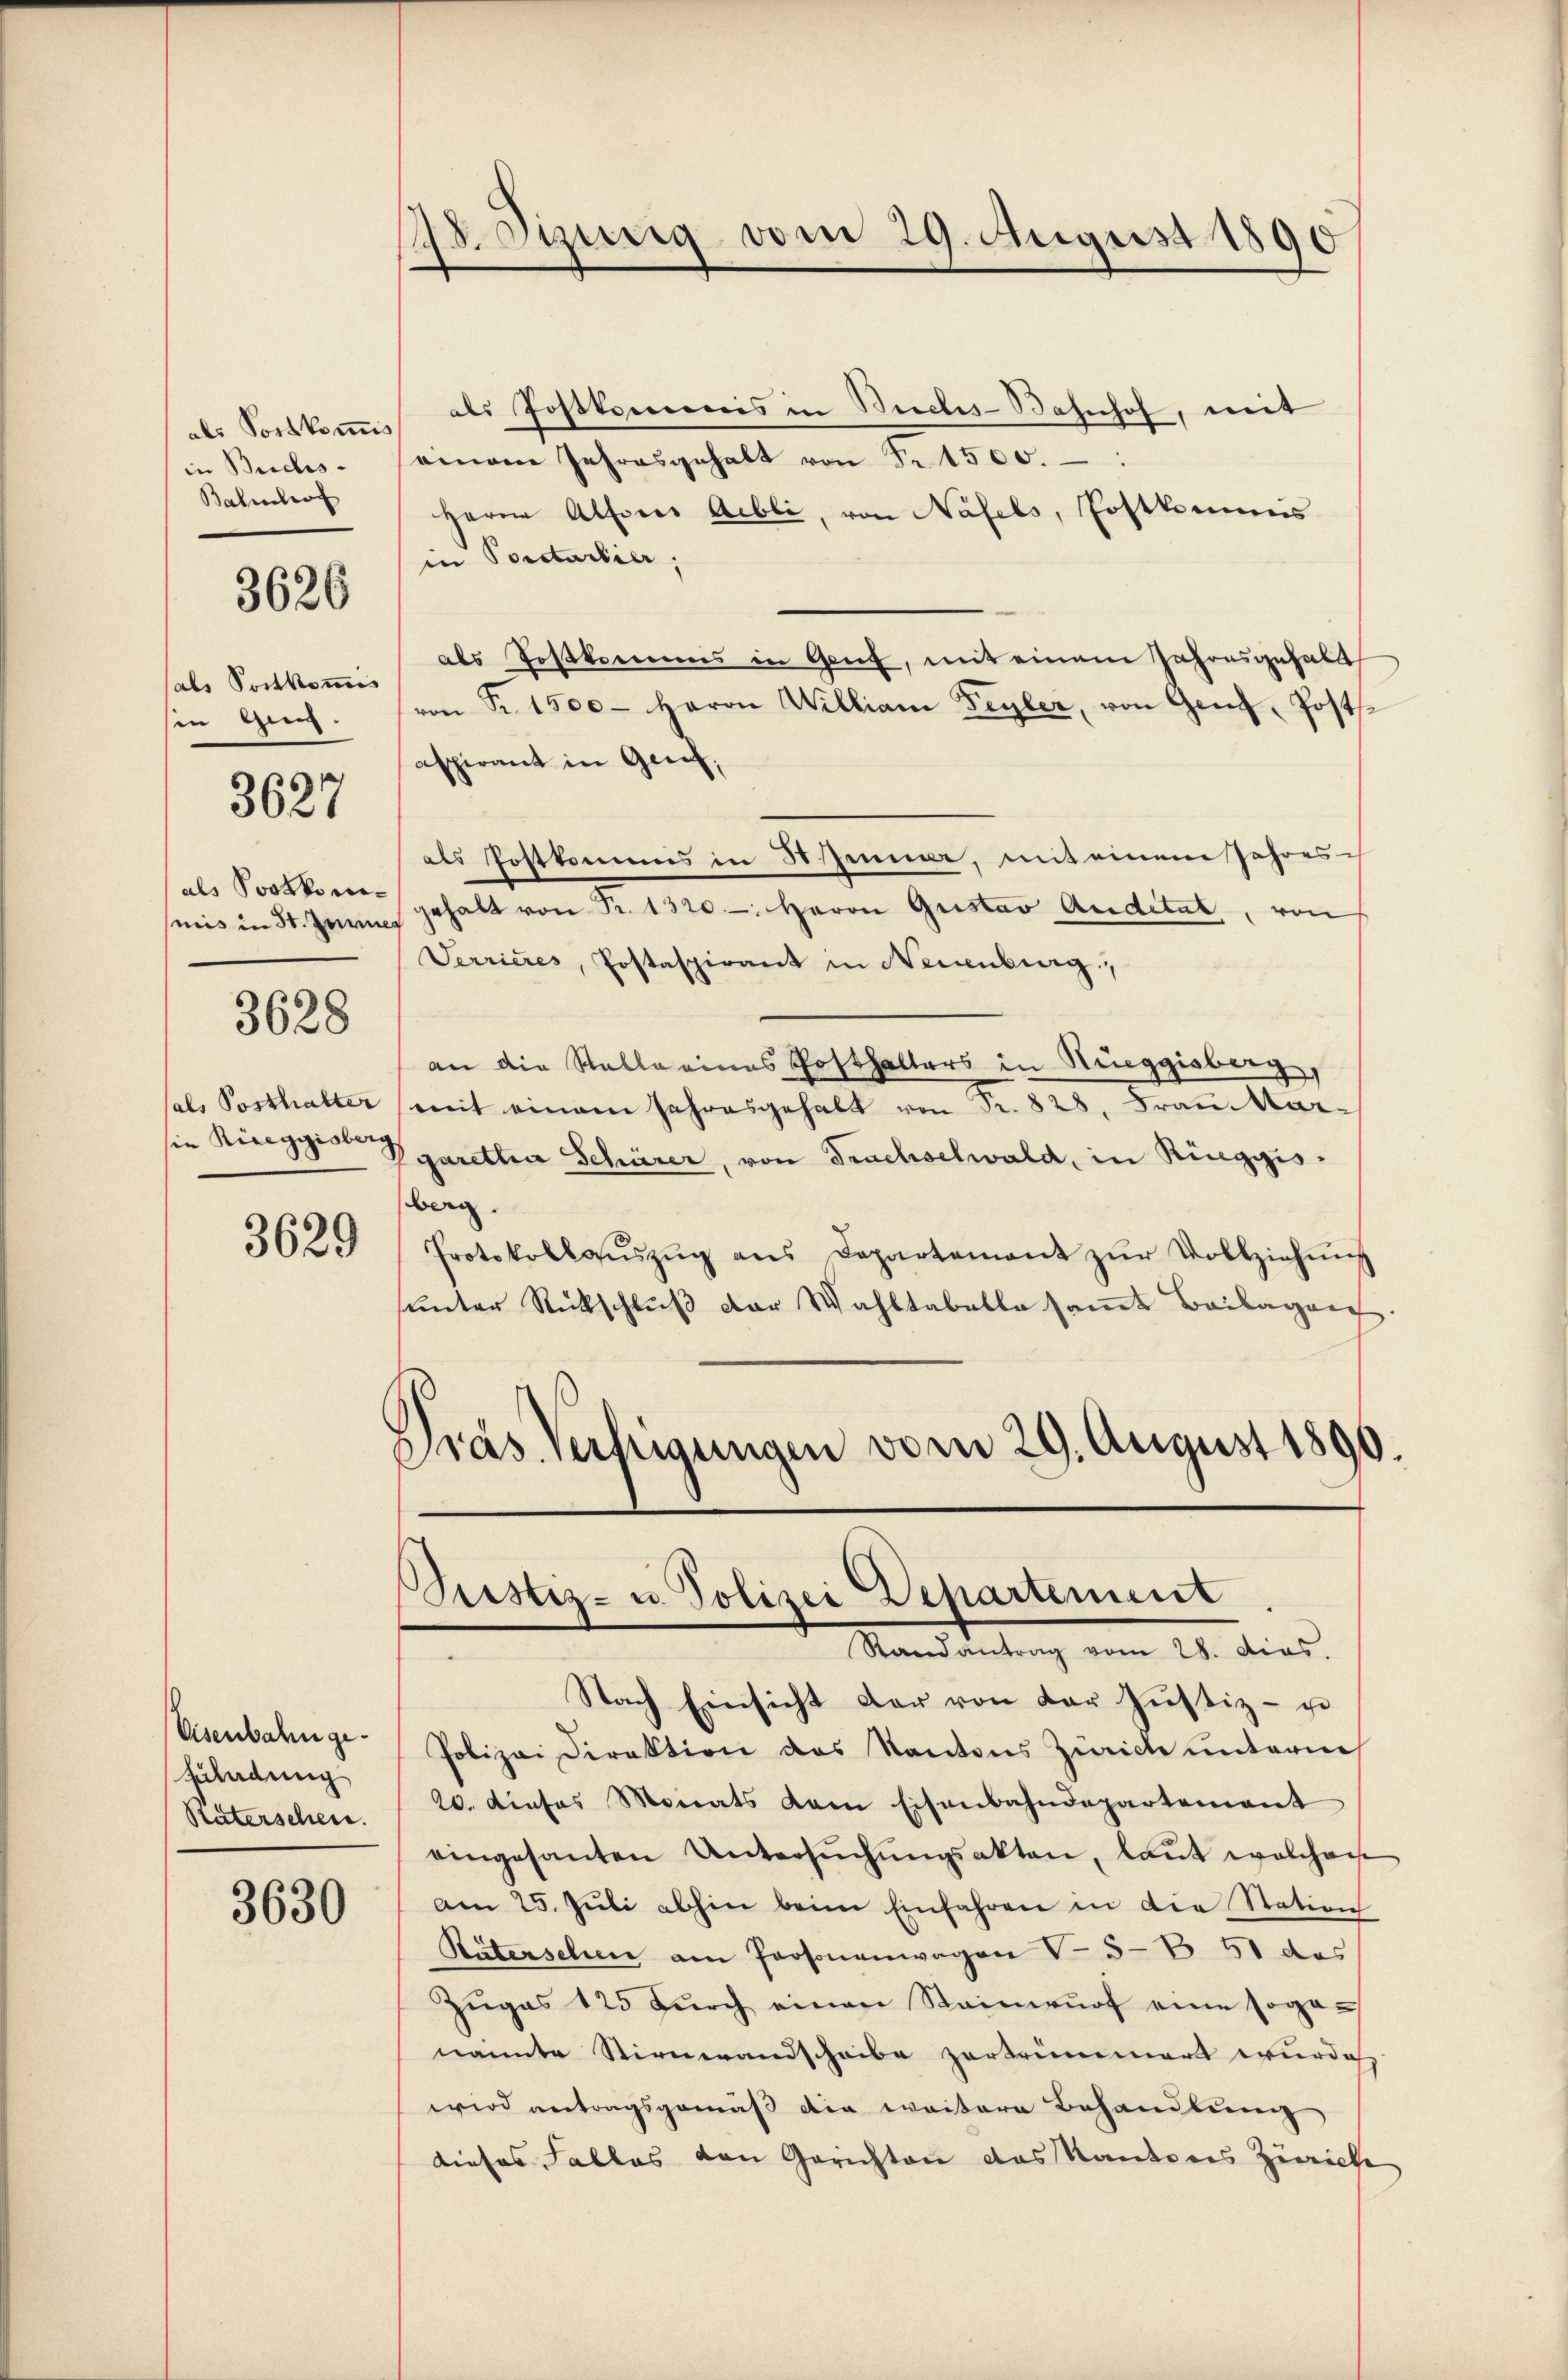
als Postkomis
in Buchs-
Bahnhof

3626

als Sortkommis
sin Ges.

3627

als Postkomimiis in St. Geric

3628

sals Posthalter
in Riceggisberg

3629

Eisenbahn ge¬
Zuladung
Räterschen.

3630

18. Jung vom 29. August 1890

als Postkommnis in Buches-Bahnhof, mit
einem Jahresgehalt von Fr. 1500.
Herrn Alfores Abli, von Näfels, Postkommis
in Porstartier,
als Postkommis in Genf, mit einem Jahresgehalt
von Fr. 1500- Herrn Willian Feyler, von Genf, Postsaspirant in Genf,
als Postkommis in Zimme, mit einem Jahres
gehalt von Fr. 1320- Herrn Gustav Auditat, von
Verrieres, Postaspirant in Neuenburg,
an die Stelle eines Posthalters in Rueggisberg,
mit einem Jahresgehalt von Fr. 828. Frau Mar¬
Pgaretha Schärer, von Trachselwald, in Rüeggisberg.
Protokollaŭszŭg ans Departement zŭr Vollziehŭng
unter Rückschluß der Wahltabelle samt Beilagen.
Pras Verfügungen vom 29. August 1890.

Pustiz- u. Polizei Departement
Randantrag vom 28. dies

Nach Einsicht der von der Justiz- u
Polizei Direktion des Kantons Zürich unterne
20. dieses Monats kam Eisenbahndepartement
eingesanten Untersŭchŭngsakten, laut welchen
am 25. Jŭli abhin beim Einfahren in die Station
Rätersehen am Personenwagen V 5-V 51 des
Zŭgas 125 dŭrch einen Stainwŭrf eine soganannte Stirnerandscheibe zertrümmert wurde
wird antragsgemäß die weitere Behandlung
dieses Falles von Gerichten das Kantons Zürich